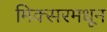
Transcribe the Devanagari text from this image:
मिक्सरमधून